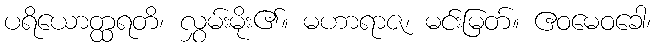
ပရိယောတ္ထရတိ၊ လွှမ်းမိုး၏။ မဟာရာဇ၊ မင်းမြတ်။ ဧဝမေဝခေါ၊